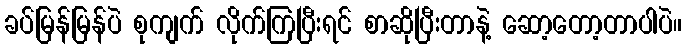
ခပ်မြန်မြန်ပဲ စုကျက် လိုက်ကြပြီးရင် စာဆိုပြီးတာနဲ့ ဆော့တော့တာပါပဲ။